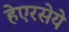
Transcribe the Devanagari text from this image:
हेएरसेये